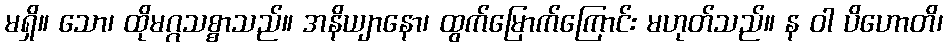
မရှိ။ သော၊ ထိုမဂ္ဂသစ္စာသည်။ အနိယျာနော၊ ထွက်မြောက်ကြောင်း မဟုတ်သည်။ န ဝါ ပိဟောတိ၊